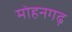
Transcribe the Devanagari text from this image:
मोहनगढ़